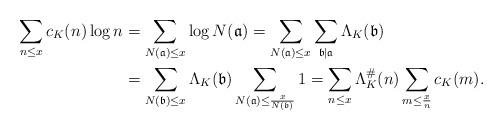
LaTeX: \begin{align*} \sum_{n \leq x} c_K(n)\log n &= \sum_{N(\mathfrak{a})\leq x} \log N(\mathfrak{a}) = \sum_{N(\mathfrak{a})\leq x} \sum_{\mathfrak{b} | \mathfrak{a}} \Lambda_K(\mathfrak{b}) \\& = \sum_{N(\mathfrak{b}) \leq x} \Lambda_K(\mathfrak{b}) \sum_{N(\mathfrak{a})\leq \frac{x}{N(\mathfrak{b})}} 1 = \sum_{n \leq x} \Lambda_K^\#(n) \sum_{m \leq \frac{x}{n}} c_K(m). \end{align*}